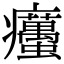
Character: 𤼚